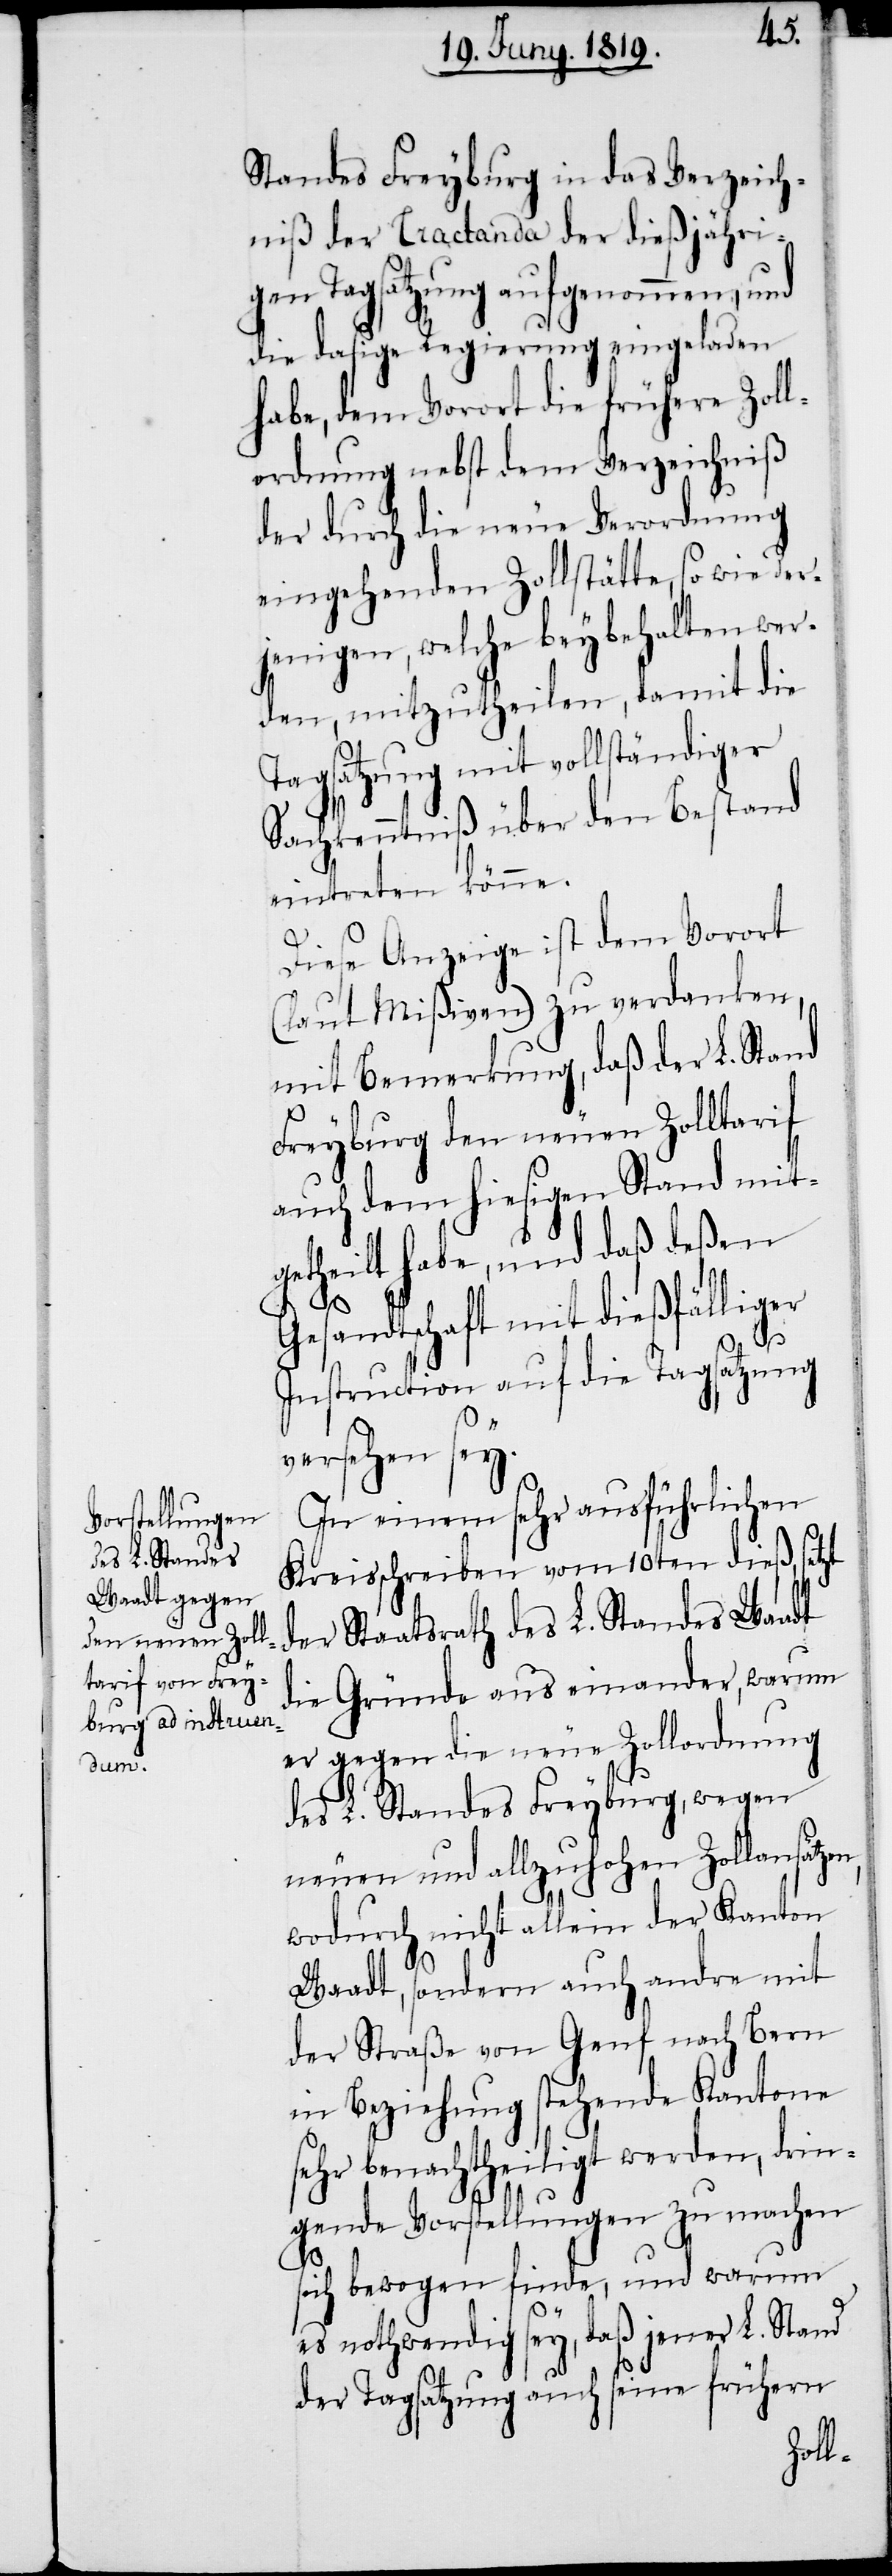
Standes Freyburg in das Verzeich¬
niß der Tractanda der dießjähri¬
gen Tagsatzung aufgenommen, und
die dasige Regierung eingeladen
habe, dem Vorort die frühere Zoll¬
ordnung nebst dem Verzeichniß
der durch die neue Verordnung
eingehenden Zollstätte, so wie der¬
jenigen, welche beybehalten wer¬
den, mitzutheilen, damit die
Tagsatzung mit vollständiger
Sachkenntniß über den Bestand
eintreten könne.
Diese Anzeige ist dem Vorort
(laut Mißiven) zu verdanken,
mit Bemerkung, daß der L. Stand
Freyburg den neuen Zolltarif
auch dem hiesigen Stand mit¬
getheilt habe, und daß deßen
Gesandtschaft mit dießfälliger
Instruction auf die Tagsatzung
versehen sey.
In einem sehr ausführlichen
Kreisschreiben vom 10ten dieß, setzt
der Staatsrath des L. Standes Waadt
die Gründe aus einander, warum
er gegen die neue Zollordnung
des L. Standes Freyburg, wegen
neuen und allzuhohen Zollansätzen,
wodurch nicht allein der Kanton
Waadt, sondern auch andre mit
der Straße von Genf nach Bern
in Beziehung stehende Kantone
sehr benachtheiligt werden, drin¬
gende Vorstellungen zu machen
sich bewogen finde, und warum
es nothwendig sey, daß jener L. Stand
der Tagsatzung auch seine frühern